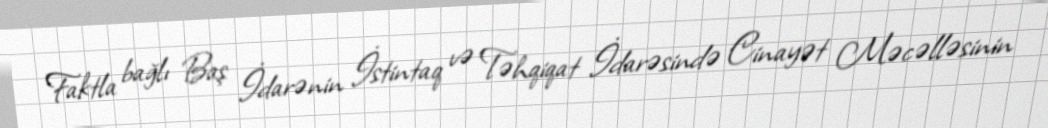
Faktla bağlı Baş İdarənin İstintaq və Təhqiqat İdarəsində Cinayət Məcəlləsinin